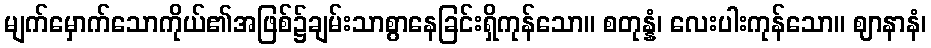
မျက်မှောက်သောကိုယ်၏အဖြစ်၌ချမ်းသာစွာနေခြင်းရှိကုန်သော။ စတုန္နံ၊ လေးပါးကုန်သော။ ဈာနာနံ၊